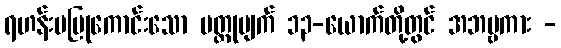
ရဟန်းမပြုကောင်းသော ပတ္ထုပျက် ၁၃-ယောက်တို့တွင် အဘဗ္ဗကား -